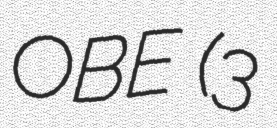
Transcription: OBE (3